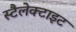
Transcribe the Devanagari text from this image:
स्टैलेक्टाइट